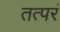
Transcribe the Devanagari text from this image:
तत्परं